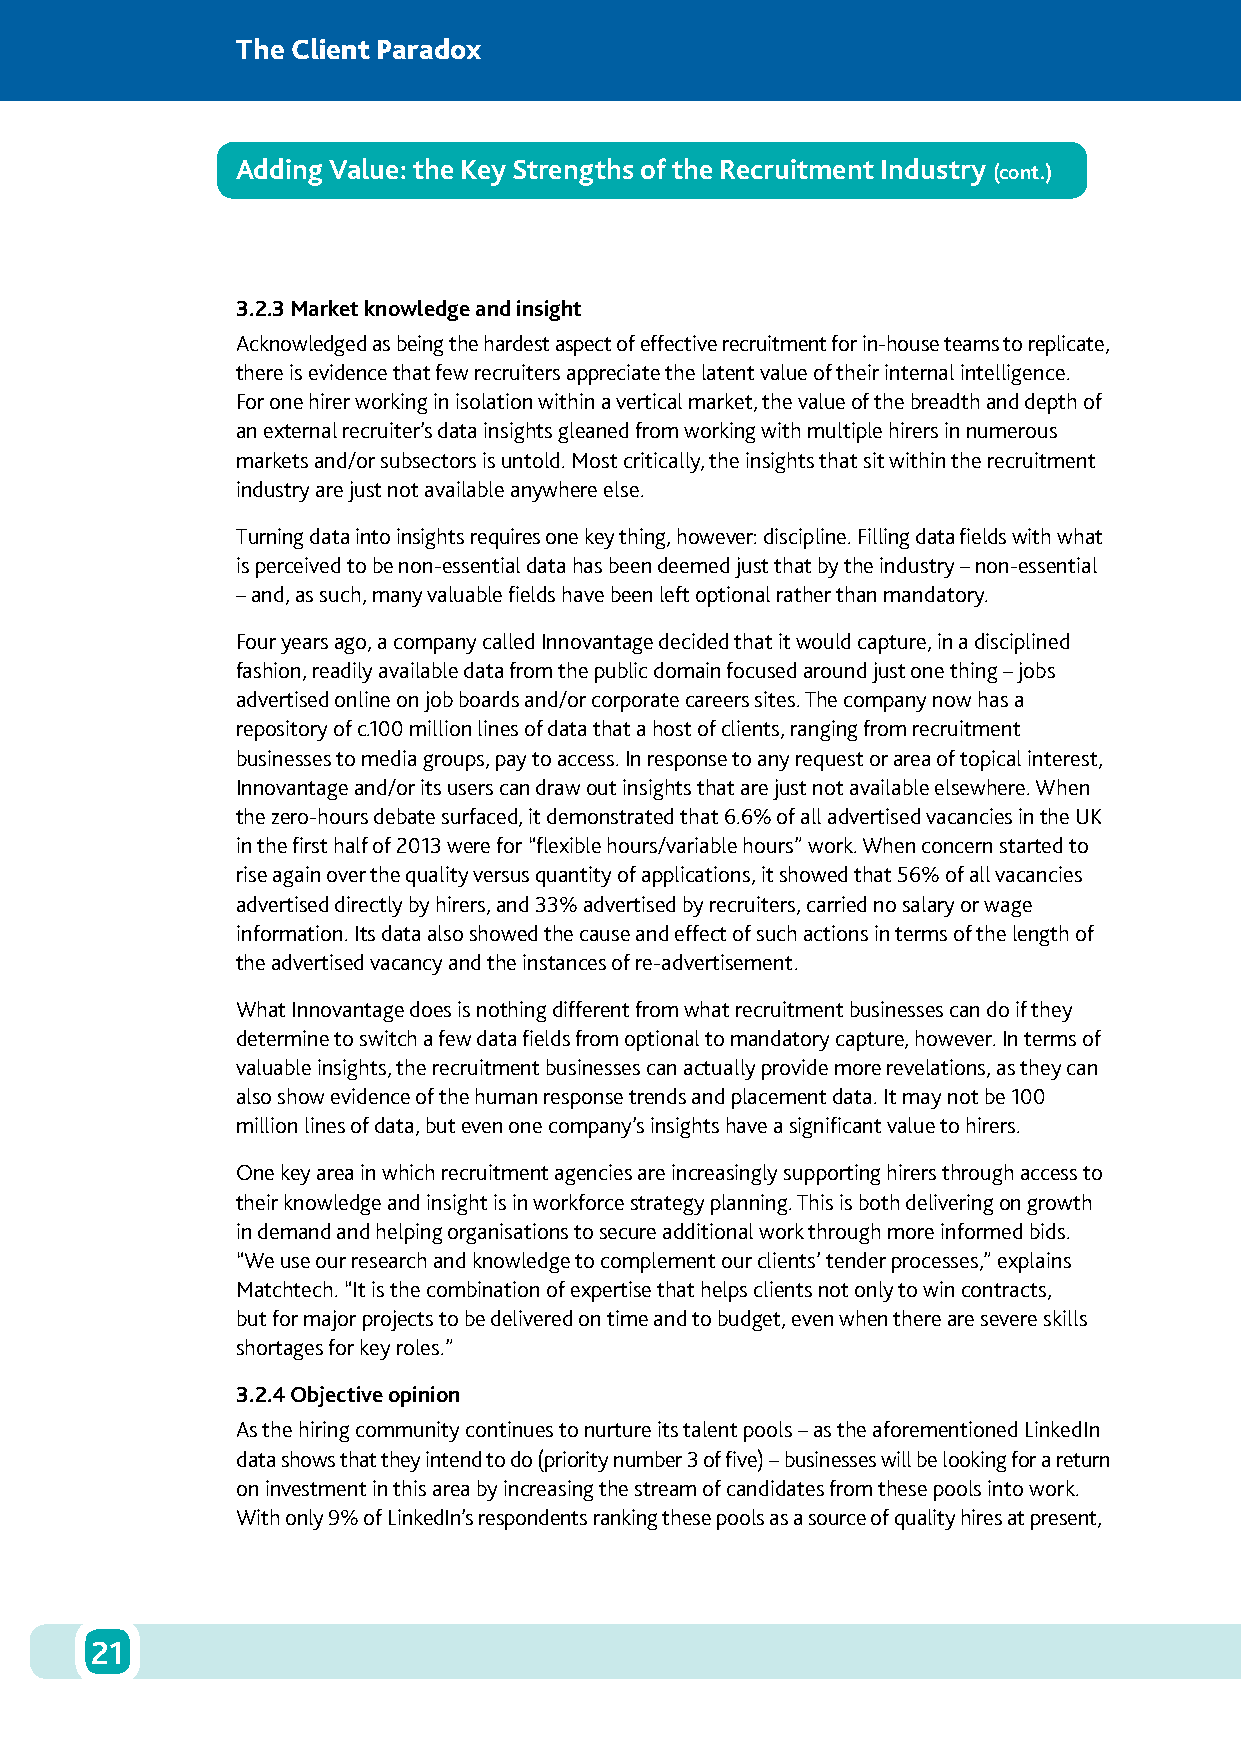
The Client Paradox
 Adding Value: the Key Strengths of the Recruitment Industry
 (cont.)
 3.2.3 Market knowledge and insight
 Acknowledged as being the hardest aspect of effective recruitment for in-house teams to replicate,
 there is evidence that few recruiters appreciate the latent value of their internal intelligence.
 For one hirer working in isolation within a vertical market, the value of the breadth and depth of
 an external recruiter’s data insights gleaned from working with multiple hirers in numerous
 markets and/or subsectors is untold. Most critically, the insights that sit within the recruitment
 industry are just not available anywhere else.
 Turning data into insights requires one key thing, however: discipline. Filling data fields with what
 is perceived to be non-essential data has been deemed just that by the industry – non-essential
 – and, as such, many valuable fields have been left optional rather than mandatory.
 Four years ago, a company called Innovantage decided that it would capture, in a disciplined
 fashion, readily available data from the public domain focused around just one thing – jobs
 advertised online on job boards and/or corporate careers sites. The company now has a
 repository of c.100 million lines of data that a host of clients, ranging from recruitment
 businesses to media groups, pay to access. In response to any request or area of topical interest,
 Innovantage and/or its users can draw out insights that are just not available elsewhere. When
 the zero-hours debate surfaced, it demonstrated that 6.6% of all advertised vacancies in the UK
 in the first half of 2013 were for “flexible hours/variable hours” work. When concern started to
 rise again over the quality versus quantity of applications, it showed that 56% of all vacancies
 advertised directly by hirers, and 33% advertised by recruiters, carried no salary or wage
 information. Its data also showed the cause and effect of such actions in terms of the length of
 the advertised vacancy and the instances of re-advertisement.
 What Innovantage does is nothing different from what recruitment businesses can do if they
 determine to switch a few data fields from optional to mandatory capture, however. In terms of
 valuable insights, the recruitment businesses can actually provide more revelations, as they can
 also show evidence of the human response trends and placement data. It may not be 100
 million lines of data, but even one company’s insights have a significant value to hirers.
 One key area in which recruitment agencies are increasingly supporting hirers through access to
 their knowledge and insight is in workforce strategy planning. This is both delivering on growth
 in demand and helping organisations to secure additional work through more informed bids.
 “We use our research and knowledge to complement our clients’ tender processes,” explains
 Matchtech. “It is the combination of expertise that helps clients not only to win contracts,
 but for major projects to be delivered on time and to budget, even when there are severe skills
 shortages for key roles.”
 3.2.4 Objective opinion
 As the hiring community continues to nurture its talent pools – as the aforementioned LinkedIn
 data shows that they intend to do (priority number 3 of five) – businesses will be looking for a return
 on investment in this area by increasing the stream of candidates from these pools into work.
 With only 9% of LinkedIn’s respondents ranking these pools as a source of quality hires at present,
 21